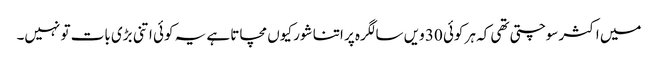
میں اکثر سوچتی تھی کہ ہر کوئی 30 ویں سالگرہ پر اتنا شور کیوں مچاتا ہے یہ کوئی اتنی بڑی بات تو نہیں۔